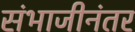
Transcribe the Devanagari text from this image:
संभाजीनंतर